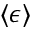
\langle \epsilon \rangle